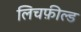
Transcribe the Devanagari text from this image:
लिचफ़ील्ड